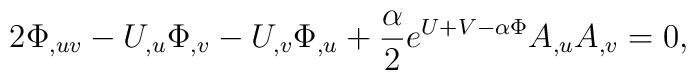
2\Phi_{,uv}-U_{,u} \Phi_{,v} -U_{,v} \Phi_{,u} +{\alpha \over 2} e^{U+V-\alpha \Phi} A_{,u}A_{,v}=0,